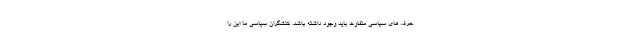
حرف های سیاسی متفاوت باید وجود داشته باشد. کنشگران سیاسی ما این را